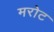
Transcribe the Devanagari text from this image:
मरोट